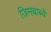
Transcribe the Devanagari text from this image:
ज़िमबाब्वे